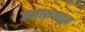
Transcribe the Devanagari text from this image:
जलाशयातुन